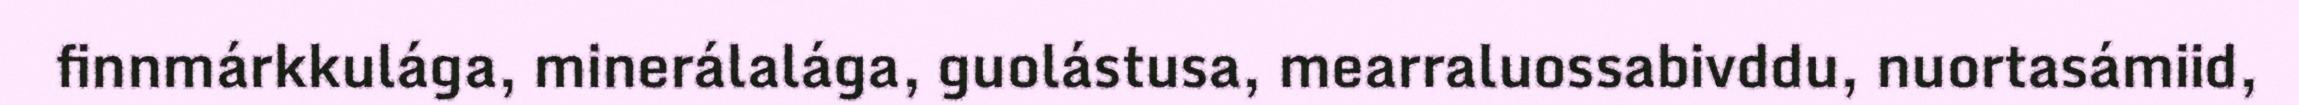
finnmárkkulága, minerálalága, guolástusa, mearraluossabivddu, nuortasámiid,